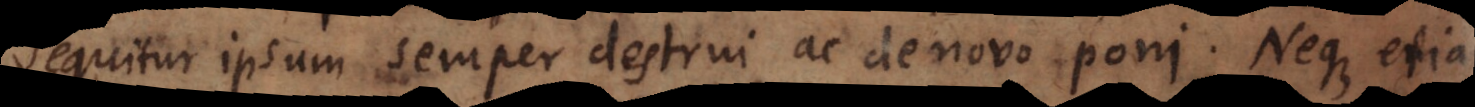
sequitur ipsum semper destrui ac de novo poni. Neque etiam